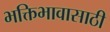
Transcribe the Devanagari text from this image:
भक्तिभावासाठी